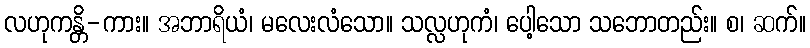
လဟုကန္တိ-ကား။ အဘာရိယံ၊ မလေးလံသော။ သလ္လဟုကံ၊ ပေါ့သော သဘောတည်း။ စ၊ ဆက်။